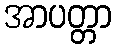
အာပတ္တာ